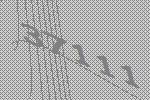
37111